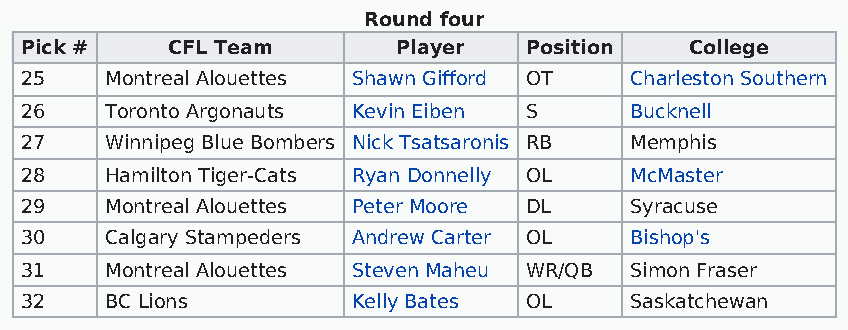
Round four
 Pick #    CFL Team       Player   Position   College
 25    Montreal Alouettes Shawn Gifford OT Charleston Southern
 26    Toronto Argonauts Kevin Eiben S    Bucknell
 27    Winnipeg Blue Bombers Nick Tsatsaronis RB Memphis
 28    Hamilton Tiger-Cats Ryan Donnelly OL McMaster
 29    Montreal Alouettes Peter Moore DL  Syracuse
 30    Calgary Stampeders Andrew Carter OL Bishop's
 31    Montreal Alouettes Steven Maheu WR/QB Simon Fraser
 32    BC Lions        Kelly Bates OL     Saskatchewan